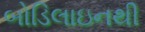
બોડિલાઇનથી